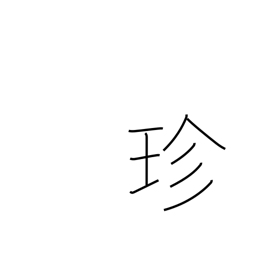
Meaning: curious